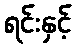
ရင်းနှင့်